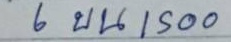
6 บน 1000